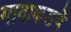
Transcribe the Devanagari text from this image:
गावाकडचे